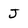
Character: J